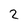
Character: 2